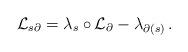
LaTeX: \begin{align*} \mathcal L_{s\partial} = \lambda_s \circ \mathcal L_\partial - \lambda_{\partial(s)}\,. \end{align*}